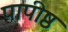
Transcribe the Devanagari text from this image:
पापीष्ठ